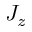
J _ { z }